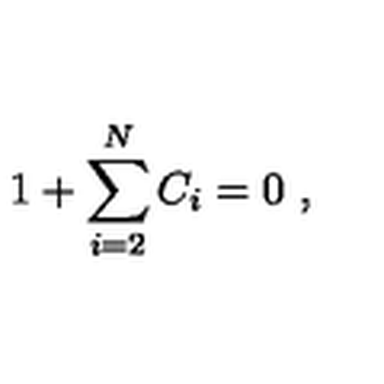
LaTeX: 1 + \sum _ { i = 2 } ^ { N } C _ { i } = 0 \ ,